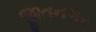
જીતનગર